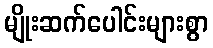
မျိုးဆက်ပေါင်းများစွာ